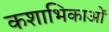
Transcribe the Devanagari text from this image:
कशाभिकाओं